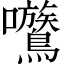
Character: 𡆈